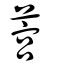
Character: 𦵡